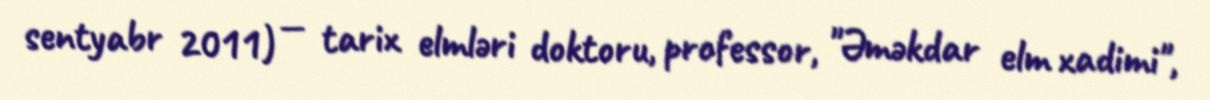
sentyabr 2011) — tarix elmləri doktoru, professor, "Əməkdar elm xadimi",